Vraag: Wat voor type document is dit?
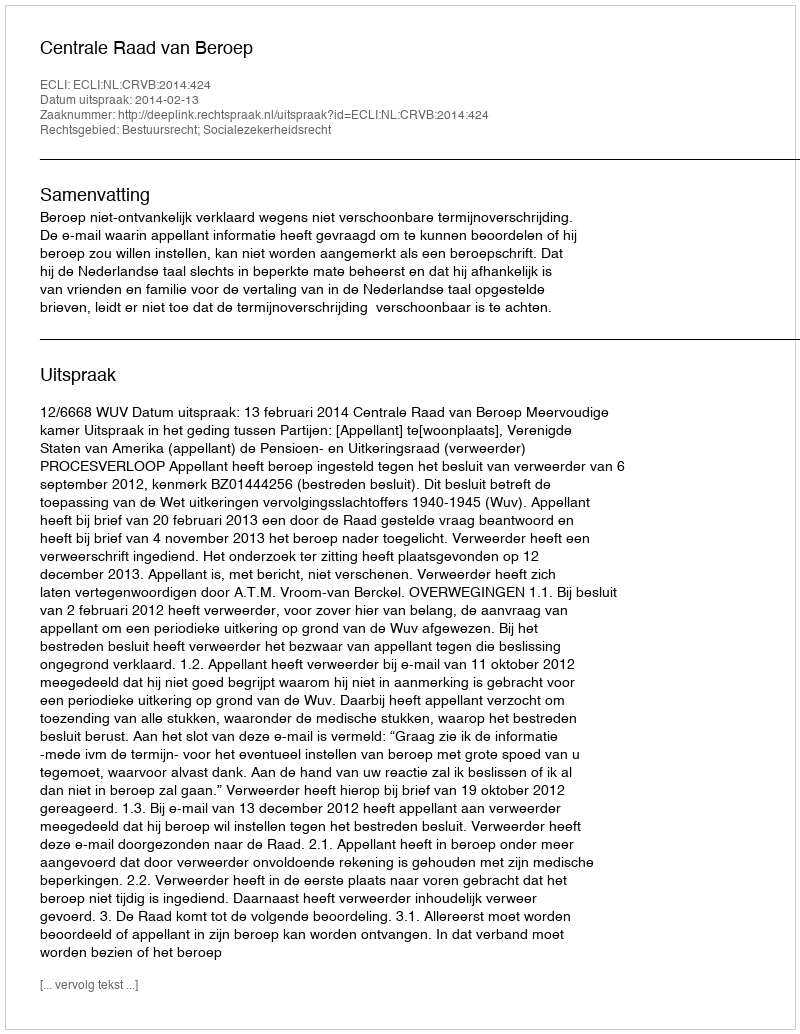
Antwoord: Uitspraak